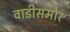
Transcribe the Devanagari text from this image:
वाडीसमोर